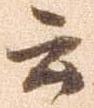
云